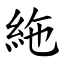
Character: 絁